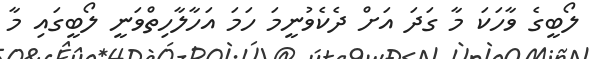
ލޯބީގެ ވާހަކަ މާ ގަދަ އަށް ދެކެވުނީމަ ހަމަ އަހާލާހިތްވަނީ ލޯބީގައި މާ